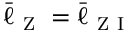
\bar { \ell } _ { \mathrm { ~ Z ~ } } = \bar { \ell } _ { \mathrm { ~ Z ~ I ~ } }